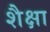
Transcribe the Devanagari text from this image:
शैक्षा